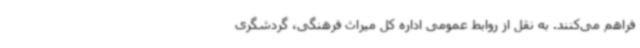
فراهم می‌کنند. به نقل از روابط عمومی اداره کل میراث فرهنگی، گردشگری